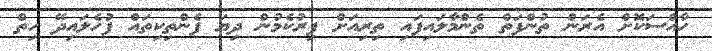
ހާއްސަކޮށް އެރަން ތުންފަތް ތެންމާލައިފައި ތިރިއަށް ފިރުކެމުން ދިޔަ ފެންތިކިތައް ފުހެލައިދޭ ހިތް